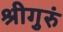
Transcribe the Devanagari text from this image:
श्रीगुरुं